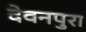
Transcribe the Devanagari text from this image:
देवनपुरा